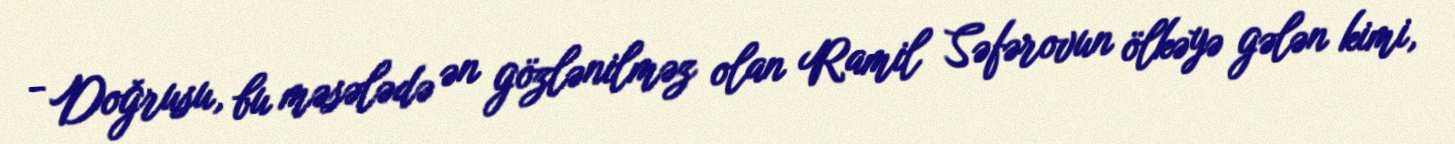
- Doğrusu, bu məsələdə ən gözlənilməz olan Ramil Səfərovun ölkəyə gələn kimi,